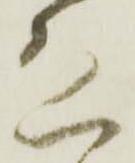
恐